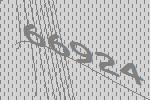
66924